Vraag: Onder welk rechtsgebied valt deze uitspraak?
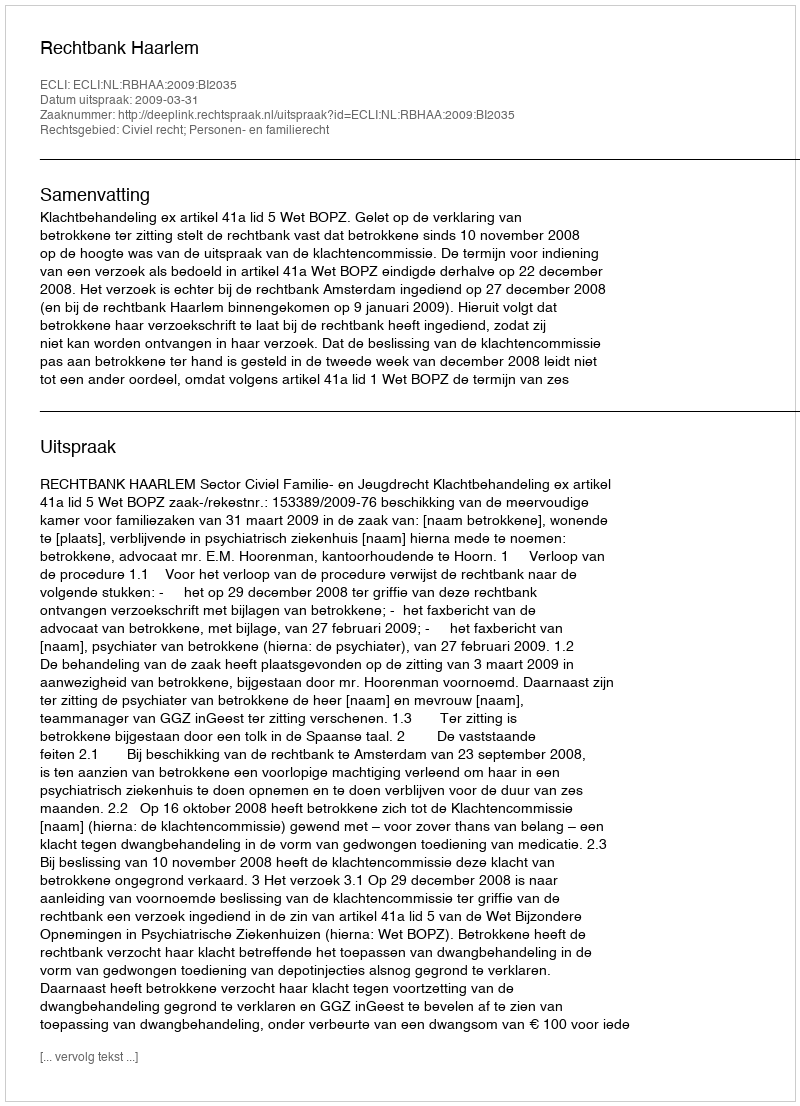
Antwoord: Civiel recht; Personen- en familierecht